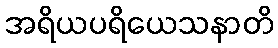
အရိယပရိယေသနာတိ